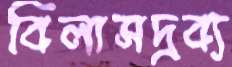
বিলাসদ্রব্য